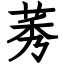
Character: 莠